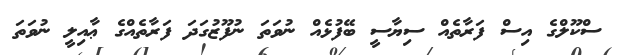
ސްކޫލްގެ އިސް ފަރާތެއް ސިޔާސީ ބޭފުޅެއް ނުވަތަ ނުފޫޒުގަދަ ފަރާތެއްގެ ޢާއިލީ ނުވަތަ